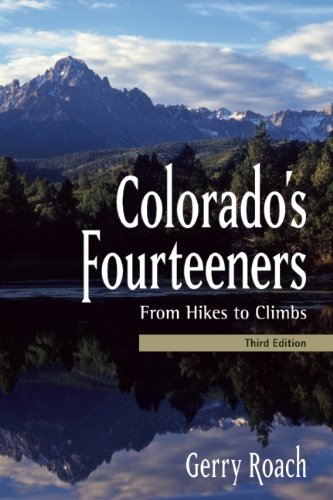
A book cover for Colorado's Fourteeners, 3rd Ed.: From Hikes to Climbs; Gerry Roach; Sports & Outdoors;